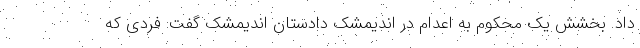
داد. بخشش یک محکوم به اعدام در اندیمشک دادستان اندیمشک گفت: فردی که